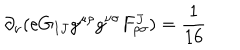
\partial _ { \nu } ( e G _ { I J } g ^ { \mu \rho } g ^ { \nu \sigma } F _ { \rho \sigma } ^ { J } ) = \frac { 1 } { 1 6 }